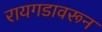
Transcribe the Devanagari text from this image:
रायगडावरून